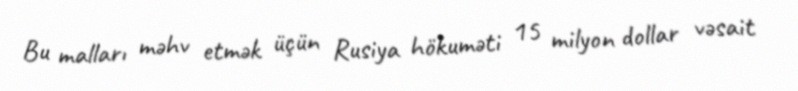
Bu malları məhv etmək üçün Rusiya hökuməti 15 milyon dollar vəsait